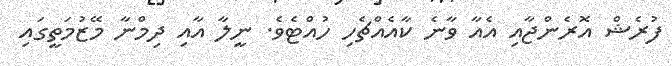
ފުރެޝް އޮރެންޖާއި އެއާ ވާނެ ކާއެއްޗެހި ހުއްޓެވެ. ނީލާ އާއި ދިމްނާ މޭޒުމަތީގައި